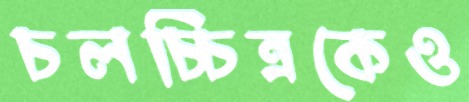
চলচ্চিত্রকেও